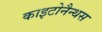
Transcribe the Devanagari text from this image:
काइटोनैन्थस